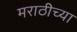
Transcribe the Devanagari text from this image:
मराठीच्‍या